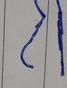
Signature authenticity: forged